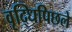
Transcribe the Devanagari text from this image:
वृद्धिपिछले